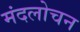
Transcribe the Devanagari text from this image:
मंदलोचन